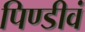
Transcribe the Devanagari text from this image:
पिण्डीवं